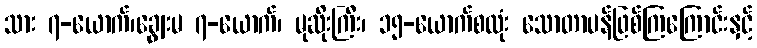
သား ၇-ယောက်၊ချွေးမ ၇-ယောက်၊ မုဆိုးကြီး၊ ၁၅-ယောက်စလုံး သောတာပန်ဖြစ်ကြကြောင်းနှင့်